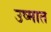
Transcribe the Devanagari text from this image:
उष्मात